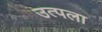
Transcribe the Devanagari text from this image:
उत्पला